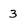
Character: 3